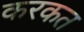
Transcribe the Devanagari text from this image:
करकत